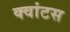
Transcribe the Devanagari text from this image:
क्वांटस